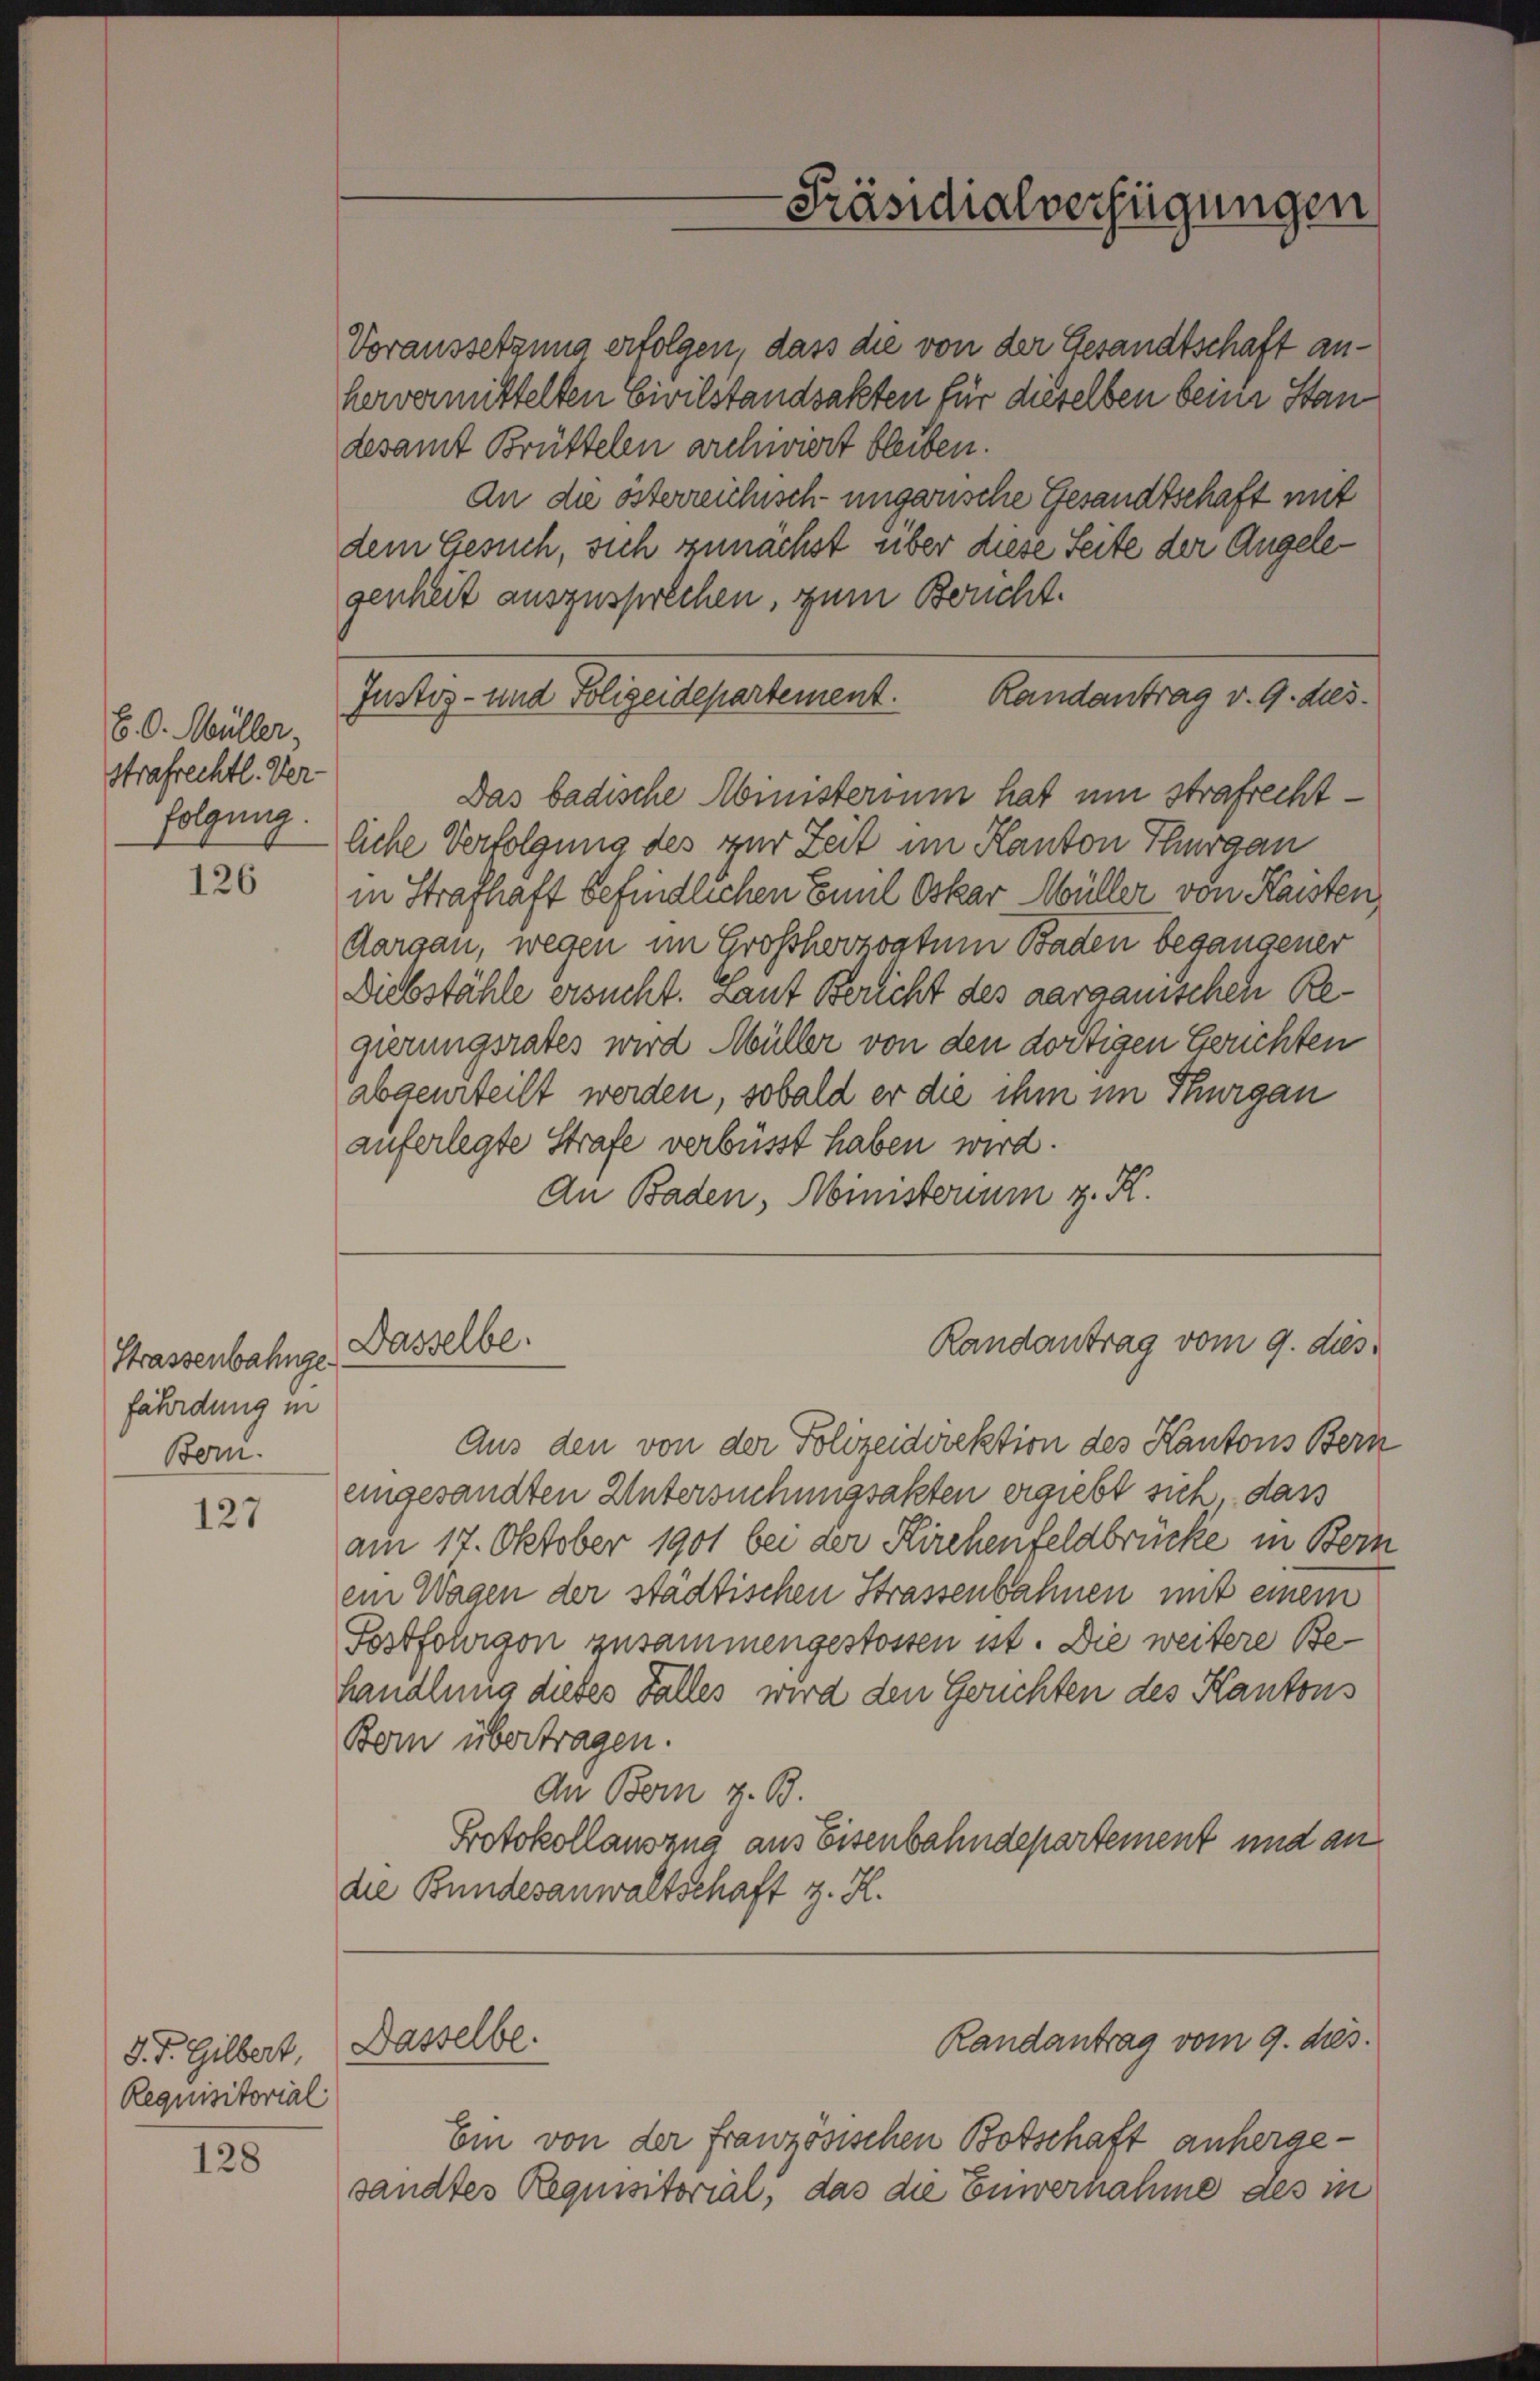
B. O. Müller,
strafrechtl. Ver-
folgung.

126

Strassenbahngefährdung in
Bern.

127

J. J. Gilbert,
Requisitorial

128

hervermittelten Civilstandsakten für dieselben beim Stan
desamt Brüttelen archiviert bleiben.
genheit auszusprechen, zum Bericht.
Justiz- und Polizeidepartement.
Das badische Ministerium hat um strafrechtliche Verfolgung des zur Zeit im Kanton Thurgau
in Strafhaft befindlichen Einl Oskar Müller von Kasten,
Aargau, wegen im Großherzogtum Baden begangener
Diebstähle ersucht. Laut Bericht des aargauischen Regierungsrates wird Müller von den dortigen Gerichten
abgeurteilt werden, sobald er die ihm im Thurgau
auferlegte Strafe verbüsst haben wird.
An Baden, Ministerium z. K.

Dasselbe.

Dasselbe.

-Präsidialverfügungen

Voraussetzung erfolgen, dass die von der Gesandtschaft an¬
An die österreichisch-ungarische Gesandtschaft mit
dem Gesuch, sich zunächst über diese Seite der Angele¬

Randantrag v. 9. dies

Randantrag vom 9. dies

Aus den von der Polizeidirektion des Kantons Bern
eingesandten Untersuchungsakten ergiebt sich, dass
am 17. Oktober 1901 bei der Kirchenfeldbrücke in Bern
ein Wagen der städtischen Strassenbahnen mit einem
Postfohrgon zusammengestossen ist. Die weitere Behandlung dieses Falles wird den Gruchten des Kantons
Bom übertragen.
An Bern z. B.
Protokollauszug aus Eisenbahndepartement und an
die Bundesanwaltschaft z. H.

Randantrag vom 9. dies

Ein von der französischen Botschaft anhergesandtes Requisitorial, das die Eiernahme des in